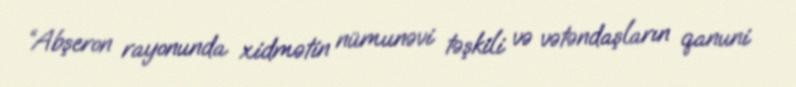
“Abşeron rayonunda xidmətin nümunəvi təşkili və vətəndaşların qanuni